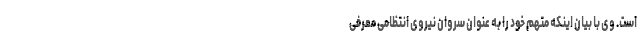
است. وی با بیان اینکه متهم خود را به عنوان سروان نیروی انتظامی معرفی